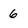
Character: 6